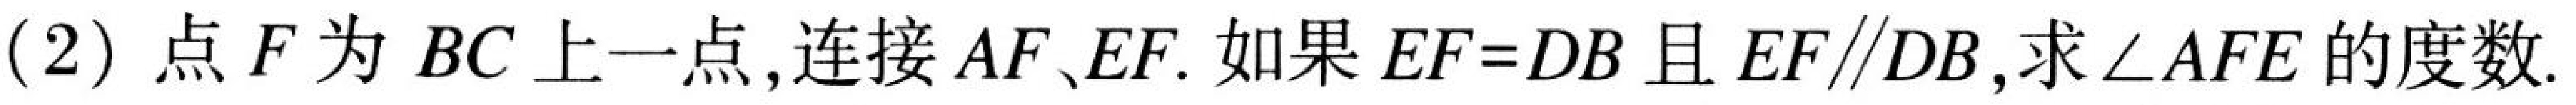
(2) 点\(F\)为\(BC\)上一点,连接\(AF、EF\).如果\(EF = DB\)且\(EF\parallel DB\),求\(\angle AFE\)的度数.